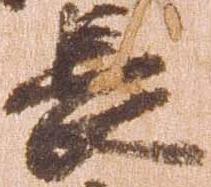
長